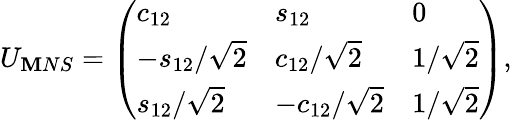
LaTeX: U_{\mathbf{M}NS}=\left(\begin{array}{lll}{{c_{12}}}&{{s_{12}}}&{{0}}\\ {{-s_{12}/\sqrt{2}}}&{{c_{12}/\sqrt{2}}}&{{1/\sqrt{2}}}\\ {{s_{12}/\sqrt{2}}}&{{-c_{12}/\sqrt{2}}}&{{1/\sqrt{2}}}\end{array}\right),